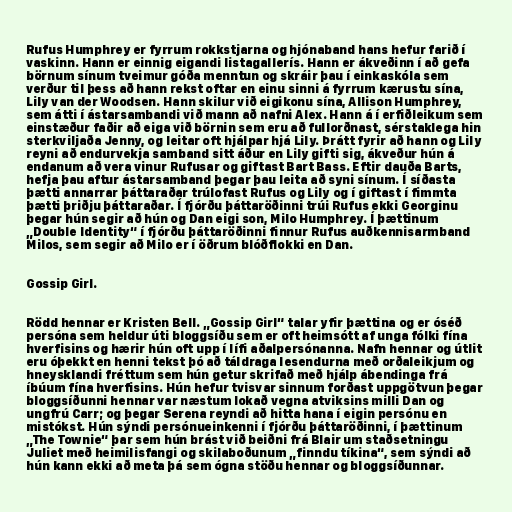
Rufus Humphrey er fyrrum rokkstjarna og hjónaband hans hefur farið í
vaskinn. Hann er einnig eigandi listagallerís. Hann er ákveðinn í að gefa
börnum sínum tveimur góða menntun og skráir þau í einkaskóla sem
verður til þess að hann rekst oftar en einu sinni á fyrrum kærustu sína,
Lily van der Woodsen. Hann skilur við eigikonu sína, Allison Humphrey,
sem átti í ástarsambandi við mann að nafni Alex. Hann á í erfiðleikum sem
einstæður faðir að eiga við börnin sem eru að fullorðnast, sérstaklega hin
sterkviljaða Jenny, og leitar oft hjálpar hjá Lily. Þrátt fyrir að hann og Lily
reyni að endurvekja samband sitt áður en Lily gifti sig, ákveður hún á
endanum að vera vinur Rufusar og giftast Bart Bass. Eftir dauða Barts,
hefja þau aftur ástarsamband þegar þau leita að syni sínum. Í síðasta
þætti annarrar þáttaraðar trúlofast Rufus og Lily og í giftast í fimmta
þætti þriðju þáttaraðar. Í fjórðu þáttaröðinni trúi Rufus ekki Georginu
þegar hún segir að hún og Dan eigi son, Milo Humphrey. Í þættinum
„Double Identity“ í fjórðu þáttaröðinni finnur Rufus auðkennisarmband
Milos, sem segir að Milo er í öðrum blóðflokki en Dan.

Gossip Girl.

Rödd hennar er Kristen Bell. „Gossip Girl“ talar yfir þættina og er óséð
persóna sem heldur úti bloggsíðu sem er oft heimsótt af unga fólki fína
hverfisins og hærir hún oft upp í lífi aðalpersónanna. Nafn hennar og útlit
eru óþekkt en henni tekst þó að táldraga lesendurna með orðaleikjum og
hneysklandi fréttum sem hún getur skrifað með hjálp ábendinga frá
íbúum fína hverfisins. Hún hefur tvisvar sinnum forðast uppgötvun þegar
bloggsíðunni hennar var næstum lokað vegna atviksins milli Dan og
ungfrú Carr; og þegar Serena reyndi að hitta hana í eigin persónu en
mistókst. Hún sýndi persónueinkenni í fjórðu þáttaröðinni, í þættinum
„The Townie“ þar sem hún brást við beiðni frá Blair um staðsetningu
Juliet með heimilisfangi og skilaboðunum „finndu tíkina“, sem sýndi að
hún kann ekki að meta þá sem ógna stöðu hennar og bloggsíðunnar.